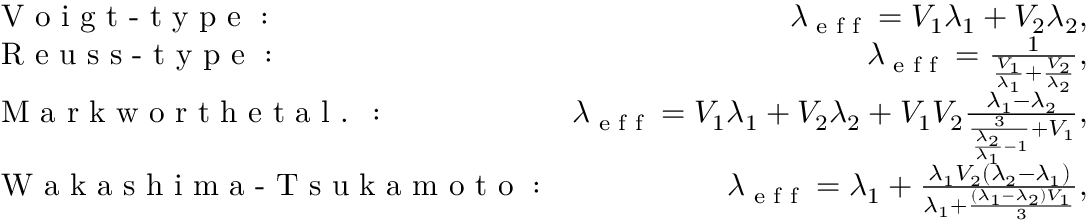
\begin{array} { r l r } & { \textrm { V o i g t - t y p e } : } & { \lambda _ { \textrm { e f f } } = V _ { 1 } \lambda _ { 1 } + V _ { 2 } \lambda _ { 2 } , } \\ & { \textrm { R e u s s - t y p e } : } & { \lambda _ { \textrm { e f f } } = \frac { 1 } { \frac { V _ { 1 } } { \lambda _ { 1 } } + \frac { V _ { 2 } } { \lambda _ { 2 } } } , } \\ & { \textrm { M a r k w o r t h e t a l . } : } & { \lambda _ { \textrm { e f f } } = V _ { 1 } \lambda _ { 1 } + V _ { 2 } \lambda _ { 2 } + V _ { 1 } V _ { 2 } \frac { \lambda _ { 1 } - \lambda _ { 2 } } { \frac { 3 } { \frac { \lambda _ { 2 } } { \lambda _ { 1 } } - 1 } + V _ { 1 } } , } \\ & { \textrm { W a k a s h i m a - T s u k a m o t o } : } & { \lambda _ { \textrm { e f f } } = \lambda _ { 1 } + \frac { \lambda _ { 1 } V _ { 2 } ( \lambda _ { 2 } - \lambda _ { 1 } ) } { \lambda _ { 1 } + \frac { ( \lambda _ { 1 } - \lambda _ { 2 } ) V _ { 1 } } { 3 } } , } \end{array}